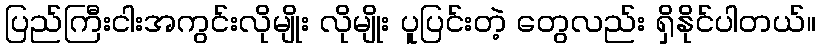
ပြည်ကြီးငါးအကွင်းလိုမျိုး လိုမျိုး ပူပြင်းတဲ့ တွေလည်း ရှိနိုင်ပါတယ်။